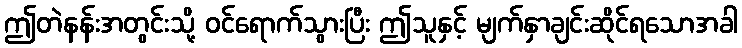
ဤတဲနန်းအတွင်းသို့ ဝင်ရောက်သွားပြီး ဤသူနှင့် မျက်နှာချင်းဆိုင်ရသောအခါ